Burma Government Medical School reports 1907-22
Year: 1907
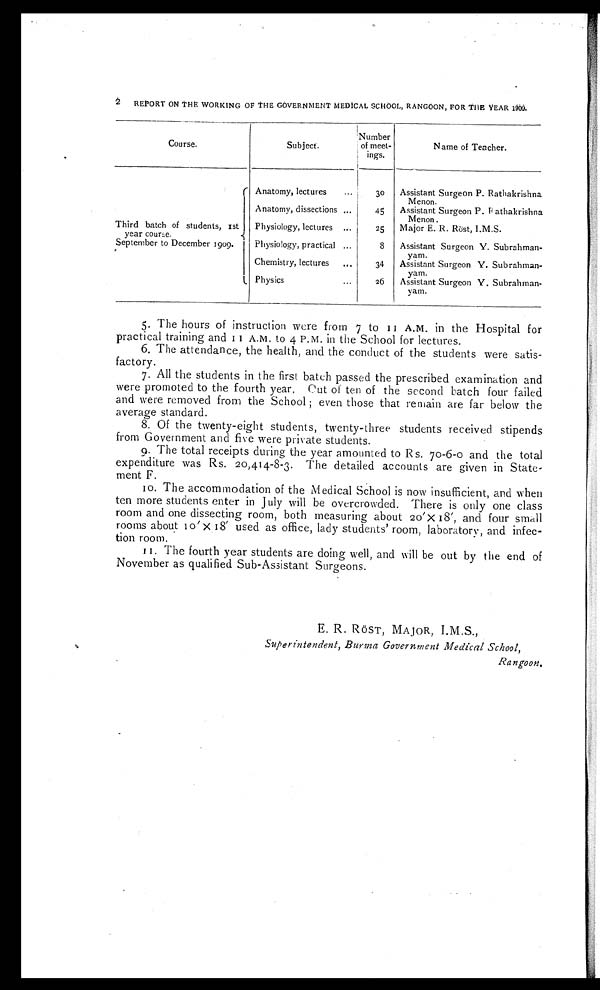
Course.
Subject.
Number
of meet-
ings.
Name of Teacher.
Third batch of students, 1st
year course.
September to December 1909.
Anatomy, lectures
30
Assistant Surgeon P. Rathakrishna
Menon.
Anatomy, dissections ...
45
Assistant Surgeon P. Rathakrishna
Menon .
Physiology, lectures
25
Major E. R. Röst, I.M.S.
Physiology, practical ...
8
As s i s t a n t S u r g e o n Y. S u b r a h ma n -
Yam
Chemistry, lectures
...
34
Assistant Surgeon Y. Subrahman-
yam.
Physics...
2 6
Assistant Surgeon Y. Subrahman-
yam.
5. The hours of instruction were from 7 to 11 A.M. in the Hospital for
practical training and 11 A.M. to 4 P.M. in the School for lectures.
6. The attendance, the health, and the conduct of the students were satis-
factory.
7 . A l l t h e s t u d e n t s i n t h e f i r s t b a t c h p a s s e d t h e p r e s c r i b e d e x a m i n a t i o n a n d
were promoted to the fourth year. Cut of ten of the second batch four failed
and were removed from the School ; even those that remain are far below the
average standard.
8. Of the twenty-eight students, twenty-three students received stipends
from Government and five were private students.
9 . T h e t o t a l r e c e i p t s d u r i n g t h e y e a r a m o u n t e d t o R s . 7 0 - 6 - 0 a n d t h e t o t a l
expenditure was Rs. 20,414-8-3. The detailed accounts are given in State--
ment F.
10. The accommodation of the Medical School is now insufficient, and when
ten more students enter in July will be overcrowded. There is only one class
room and one dissecting room, both measuring about 20'× 18', and four small
rooms about 10'×18' used as office, lady students' room, laboratory, and infec--
tion room.
11. The fourth year students are doing well, and will be out by the end of
November as qualified Sub-Assistant Surgeons.
E. R. RÖST, MAJOR, I.M.S.,
Superintendent, Burma Government Medical School,
Rangoon.